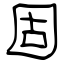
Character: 固